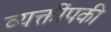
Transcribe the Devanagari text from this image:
व्यक्तींपकी